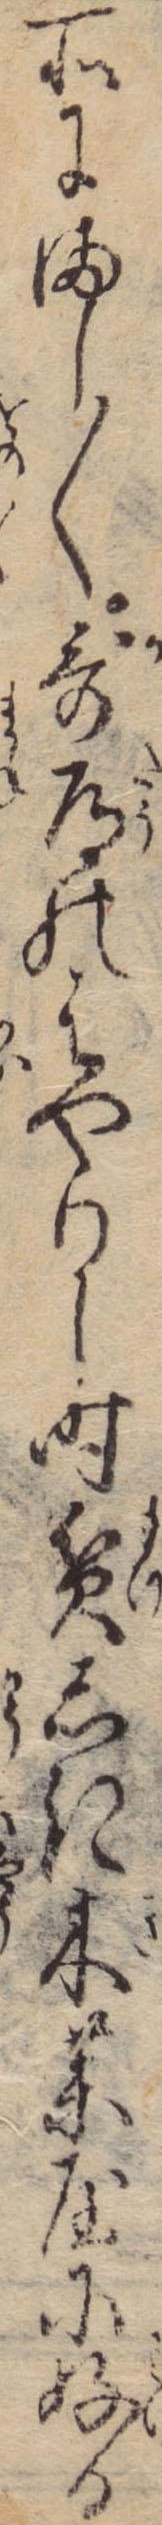
所にまし〱歌道のはやりし時貧しき木薬屋に好る